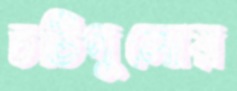
চটিগুলোয়